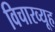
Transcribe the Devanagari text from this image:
विचारव्यूह